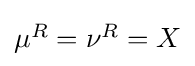
{\textstyle \mu ^{R}=\nu ^{R}=X}